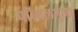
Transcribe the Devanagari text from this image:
परिबलभुजा